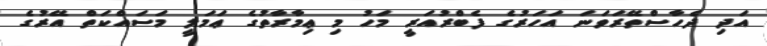
އަދި ދެހާސްތޭރަވަނަ އަހަރުގެ ފެބްރުއަރީ މަހު މި ޢިމާރާތުގެ ޢަމަލީ މަސައްކަތް އޭރުގެ